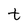
Character: t